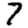
Digit: 7